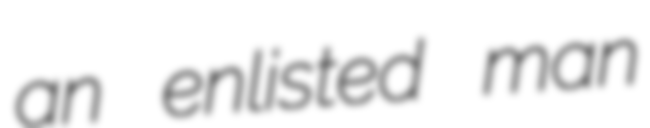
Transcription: an enlisted man